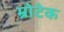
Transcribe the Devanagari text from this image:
म्रोटेक